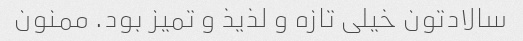
سالادتون خیلی تازه و لذیذ و تمیز بود. ممنون